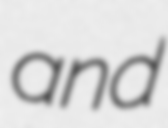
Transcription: and